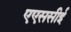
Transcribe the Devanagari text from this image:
एएससीई